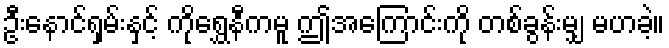
ဦးနောင်ရှမ်းနှင့် ကိုရွှေနီကမူ ဤအကြောင်းကို တစ်ခွန်းမျှ မဟခဲ့။